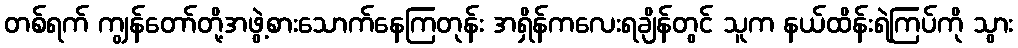
တစ်ရက် ကျွန်တော်တို့အဖွဲ့စားသောက်နေကြတုန်း အရှိန်ကလေးရချိန်တွင် သူက နယ်ထိန်းရဲကြပ်ကို သွား